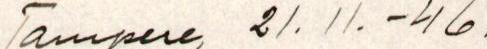
Tampere 21. 11.-46